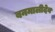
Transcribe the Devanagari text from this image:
बनमालीदेव